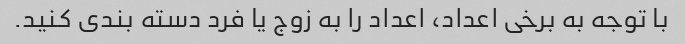
با توجه به برخی اعداد، اعداد را به زوج یا فرد دسته بندی کنید.